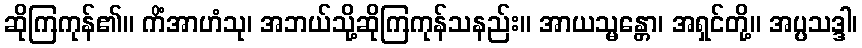
ဆိုကြကုန်၏။ ကိံအာဟံသု၊ အဘယ်သို့ဆိုကြကုန်သနည်း။ အာယသ္မန္တော၊ အရှင်တို့။ အပ္ပသဒ္ဒါ၊